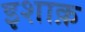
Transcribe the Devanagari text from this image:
इशाक़